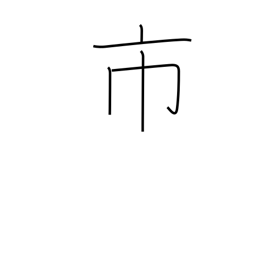
Meaning: city